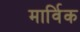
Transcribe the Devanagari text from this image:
मार्विक